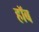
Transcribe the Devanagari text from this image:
हॉब